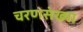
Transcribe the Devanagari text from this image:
चरणसंख्या